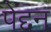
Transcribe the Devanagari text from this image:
पेद्दन